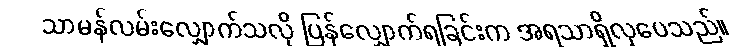
သာမန်လမ်းလျှောက်သလို ပြန်လျှောက်ရခြင်းက အရသာရှိလှပေသည်။